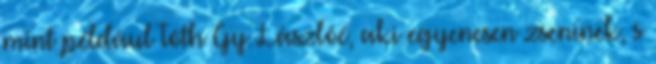
mint például Tóth Gy. Lászlóé, aki e­gyenesen zseninek, s